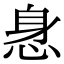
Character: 𰑢